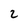
Character: 2